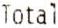
TOTAL